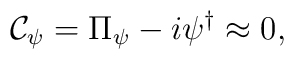
{\cal C}_\psi = \Pi_\psi - i\psi^\dagger \approx 0,